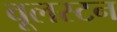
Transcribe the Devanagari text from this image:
वूलस्टन